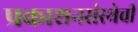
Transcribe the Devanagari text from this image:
प्रकाशनसंस्थेची